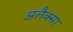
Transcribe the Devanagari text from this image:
अलैक्सा